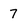
Character: 7